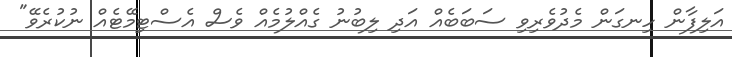
އަލިފާން ހިނގަން މެދުވެރިވި ސަބަބެއް އަދި ލިބުނު ގެއްލުމެއް ވެސް އެސްޓިމޭޓެއް ނުކުރެވޭ"